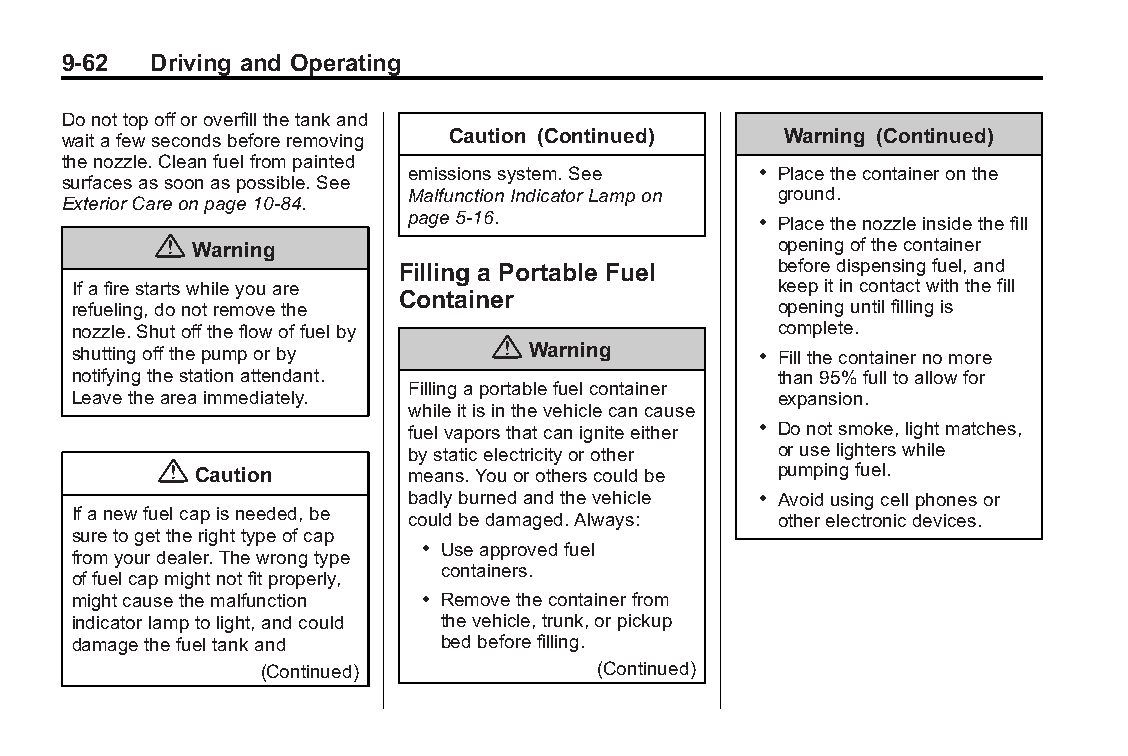
Buick LaCrosse Owner Manual (GMNA-Localizing-U.S./Canada/Mexico- Blackplate(62,1)
 6043609)-2014-2ndEdition-10/17/13
 9-62  Driving and Operating
 Donottopofforoverfillthetankand
 waitafewsecondsbeforeremoving Caution (Continued) Warning (Continued)
 thenozzle.Cleanfuelfrompainted
 emissionssystem.See    . Placethecontaineronthe
 surfacesassoonaspossible.See
 MalfunctionIndicatorLampon ground.
 ExteriorCareonpage10-84.
 page5-16.              . Placethenozzleinsidethefill
 { Warning                                openingofthecontainer
 Filling a Portable Fuel  beforedispensingfuel,and
 Ifafirestartswhileyouare                       keepitincontactwiththefill
 Container
 refueling,donotremovethe                       openinguntilfillingis
 nozzle.Shutofftheflowoffuelby                  complete.
 {
 shuttingoffthepumporby         Warning        . Fillthecontainernomore
 notifyingthestationattendant.                  than95%fulltoallowfor
 Fillingaportablefuelcontainer
 Leavetheareaimmediately.                       expansion.
 whileitisinthevehiclecancause
 fuelvaporsthatcanigniteeither . Donotsmoke,lightmatches,
 bystaticelectricityorother oruselighterswhile
 {  Caution       means.Youorotherscouldbe pumpingfuel.
 badlyburnedandthevehicle . Avoidusingcellphonesor
 Ifanewfuelcapisneeded,be couldbedamaged.Always: otherelectronicdevices.
 suretogettherighttypeofcap
 . Useapprovedfuel
 fromyourdealer.Thewrongtype
 containers.
 offuelcapmightnotfitproperly,
 mightcausethemalfunction . Removethecontainerfrom
 indicatorlamptolight,andcould thevehicle,trunk,orpickup
 damagethefueltankand     bedbeforefilling.
 (Continued)           (Continued)